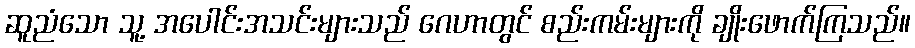
ဆူညံသော သူ့ အပေါင်းအသင်းများသည် ဂေဟာတွင် စည်းကမ်းများကို ချိုးဖောက်ကြသည်။